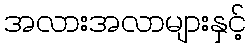
အလားအလာများနှင့်